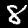
Label: 8